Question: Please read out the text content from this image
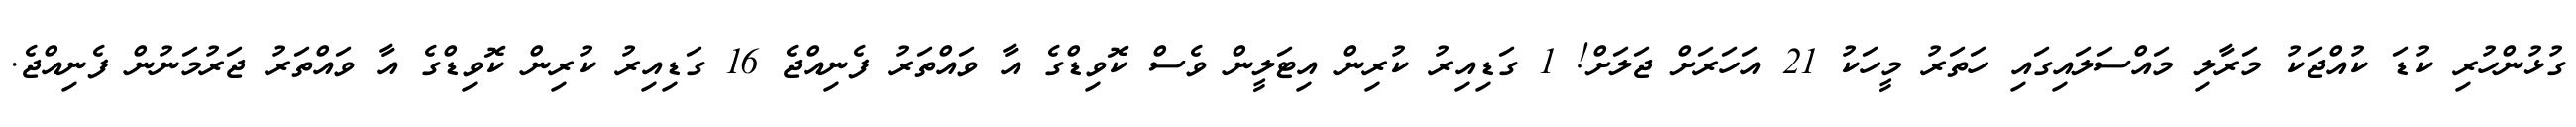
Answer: ގުޅުންހުރި ކުޑަ ކުއްޖަކު މަރާލި މައްސަލައިގައި ހަތަރު މީހަކު 21 އަހަރަށް ޖަލަށް! 1 ގަޑިއިރު ކުރިން އިޓަލީން ވެސް ކޮވިޑްގެ އާ ވައްތަރު ފެނިއްޖެ 16 ގަޑިއިރު ކުރިން ކޮވިޑްގެ އާ ވައްތަރު ޖަރުމަނުން ފެނިއްޖެ.